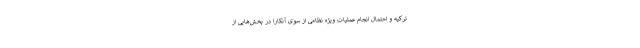
ترکیه و احتمال انجام عملیات ویژه نظامی از سوی آنکارا در بخش‌هایی از